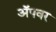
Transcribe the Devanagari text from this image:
अॅपवर